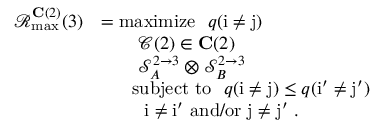
\begin{array} { r l } { \mathcal { R } _ { \operatorname* { m a x } } ^ { \mathbf { C } ( 2 ) } ( 3 ) } & { = \mathrm { m a x i m i z e } ~ ~ q ( \mathrm { i } \neq \mathrm { j } ) } \\ & { ~ ~ ~ ~ ~ ~ { \mathcal { C } ( 2 ) \in \mathbf { C } ( 2 ) } } \\ & { ~ ~ ~ ~ ~ ~ \mathcal { S } _ { A } ^ { 2 \to 3 } \otimes \mathcal { S } _ { B } ^ { 2 \to 3 } } \\ & { ~ ~ ~ ~ ~ \mathrm { s u b j e c t ~ t o ~ } ~ q ( \mathrm { i } \neq \mathrm { j } ) \le q ( \mathrm { i } ^ { \prime } \neq \mathrm { j } ^ { \prime } ) } \\ & { ~ ~ ~ ~ ~ ~ ~ \mathrm { i } \neq \mathrm { i } ^ { \prime } ~ \mathrm { a n d / o r } ~ \mathrm { j } \neq \mathrm { j } ^ { \prime } ~ . } \end{array}